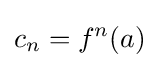
c_{n}=f^{n}(a)